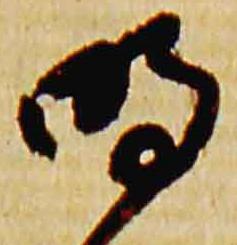
明